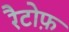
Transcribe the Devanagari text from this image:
रैटोफ़